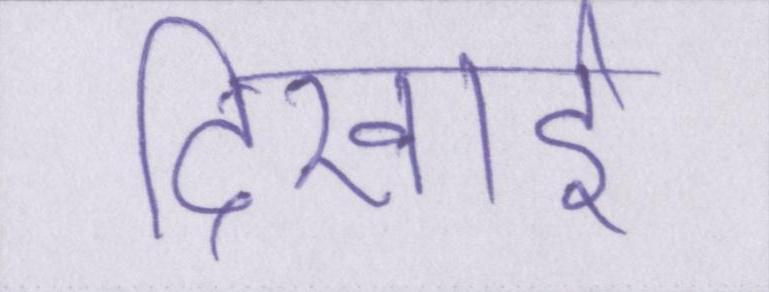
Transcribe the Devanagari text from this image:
दिखाई